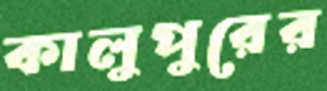
কালুপুরের